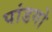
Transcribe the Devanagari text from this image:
पांडगो